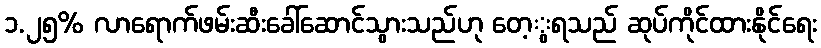
၁.၂၅% လာရောက်ဖမ်းဆီးခေါ်ဆောင်သွားသည်ဟု တေ့ွရသည် ဆုပ်ကိုင်ထားနိုင်ရေး